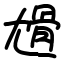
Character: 尳